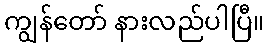
ကျွန်တော် နားလည်ပါပြီ။